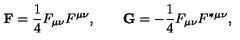
{ \bf F } = \frac { 1 } { 4 } F \sb { \mu \nu } F \sp { \mu \nu } , \qquad { \bf G } = - \frac { 1 } { 4 } F \sb { \mu \nu } F \sp { \ast \mu \nu } ,